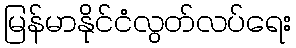
မြန်မာနိုင်ငံလွတ်လပ်ရေး